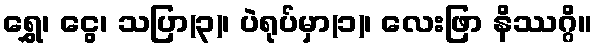
ရွှေ၊ ငွေ၊ သပြာ(၃)၊ ပဲရုပ်မှာ(၁)၊ လေးဖြာ နိဿဂ္ဂိ။